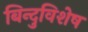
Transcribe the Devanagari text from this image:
बिन्दुविशेष